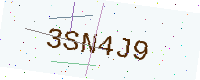
Text: 3SN4J9